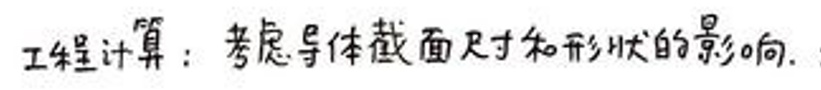
工程计算：考虑导体截面尺寸和形状的影响。